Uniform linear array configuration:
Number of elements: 24
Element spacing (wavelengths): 0.75
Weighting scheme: hamming
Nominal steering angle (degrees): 0
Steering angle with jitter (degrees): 1.853
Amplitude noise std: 0.05
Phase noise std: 0.05

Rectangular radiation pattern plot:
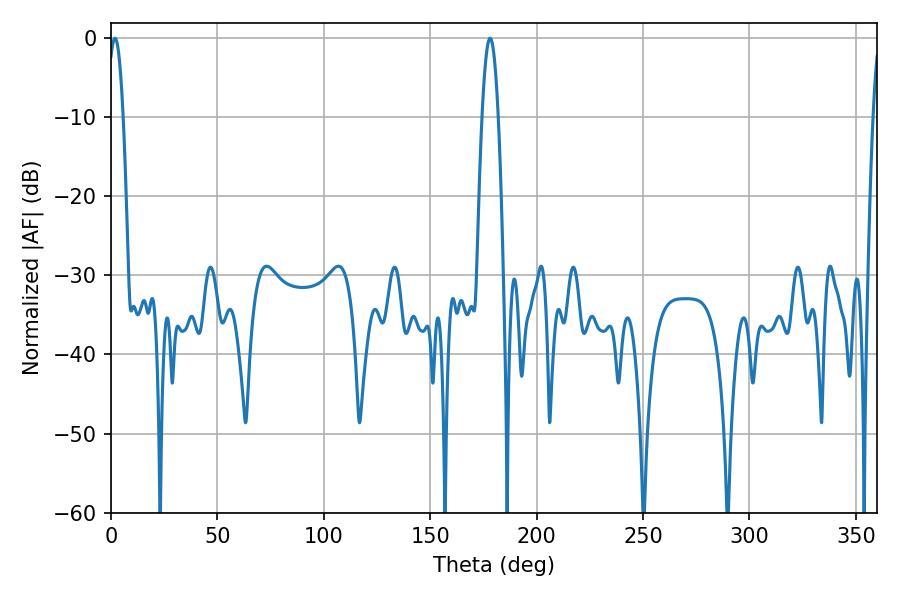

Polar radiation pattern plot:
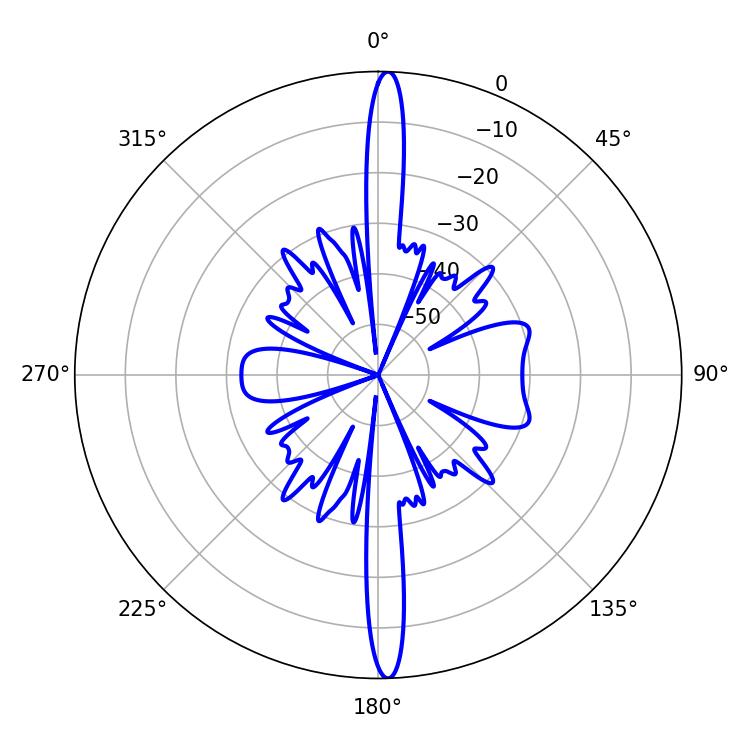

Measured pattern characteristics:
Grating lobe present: TRUE
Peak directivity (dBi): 25.478
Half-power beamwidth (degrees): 3.96
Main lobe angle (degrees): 1.8